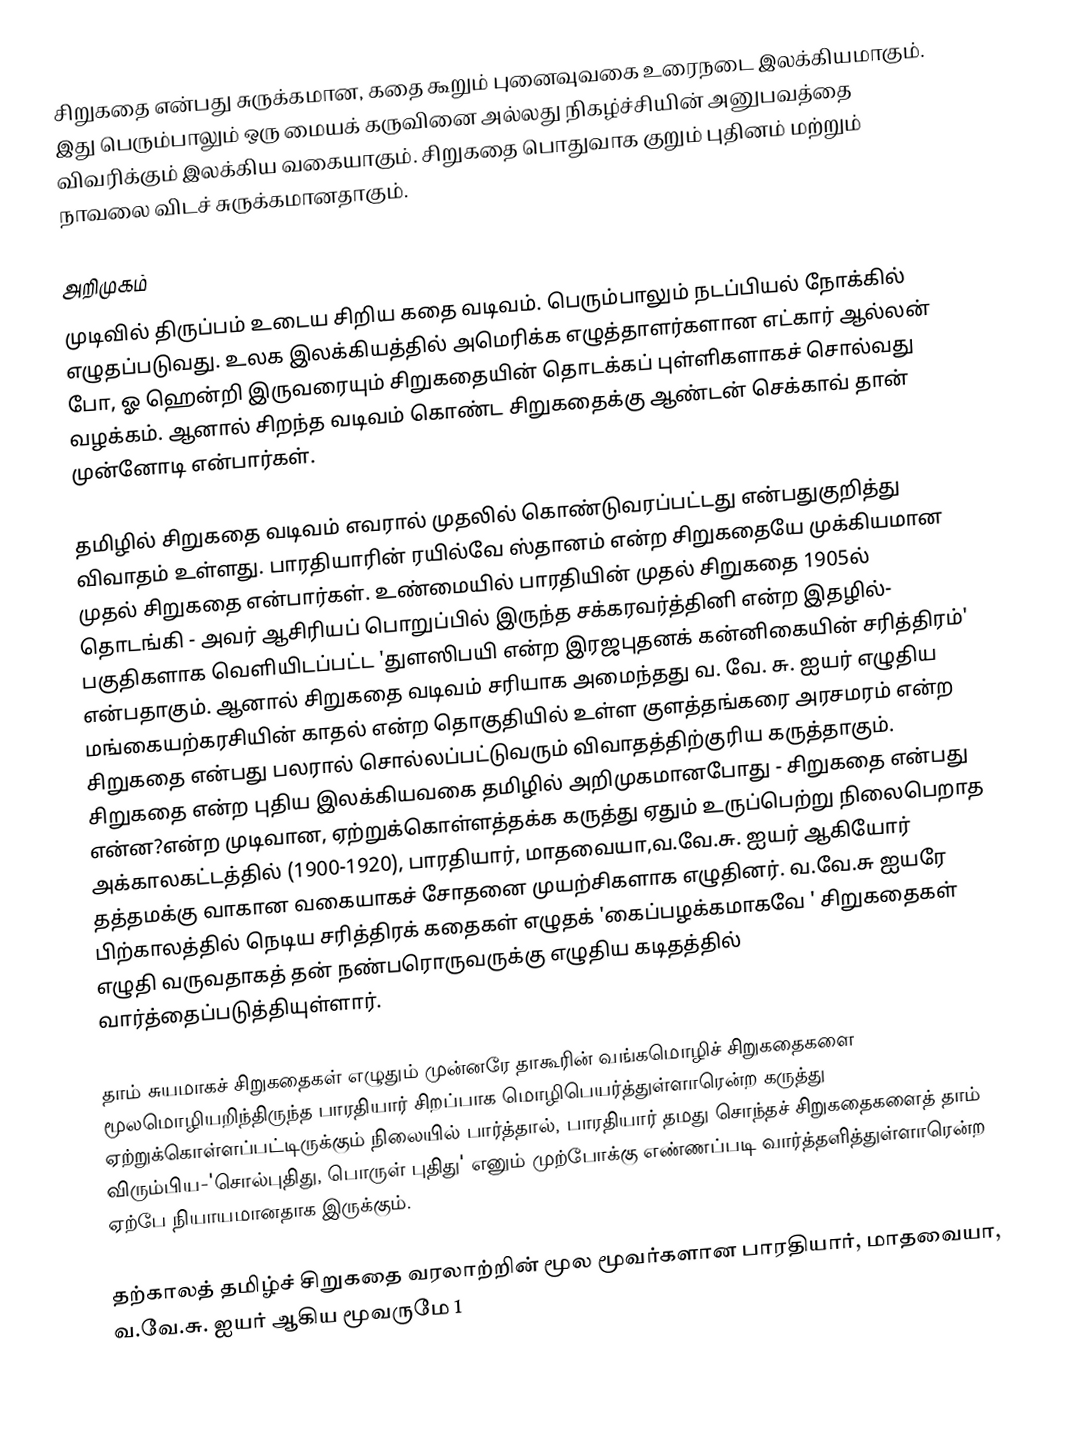
சிறுகதை என்பது சுருக்கமான, கதை கூறும் புனைவுவகை உரைநடை இலக்கியமாகும். இது பெரும்பாலும் ஒரு மையக் கருவினை அல்லது நிகழ்ச்சியின் அனுபவத்தை விவரிக்கும் இலக்கிய வகையாகும். சிறுகதை பொதுவாக குறும் புதினம் மற்றும் நாவலை விடச் சுருக்கமானதாகும்.

அறிமுகம்
முடிவில் திருப்பம் உடைய சிறிய கதை வடிவம். பெரும்பாலும் நடப்பியல் நோக்கில் எழுதப்படுவது. உலக இலக்கியத்தில் அமெரிக்க எழுத்தாளர்களான எட்கார் ஆல்லன் போ, ஓ ஹென்றி இருவரையும் சிறுகதையின் தொடக்கப் புள்ளிகளாகச் சொல்வது வழக்கம். ஆனால் சிறந்த வடிவம் கொண்ட சிறுகதைக்கு ஆண்டன் செக்காவ் தான் முன்னோடி என்பார்கள்.

தமிழில் சிறுகதை வடிவம் எவரால் முதலில் கொண்டுவரப்பட்டது என்பதுகுறித்து விவாதம் உள்ளது. பாரதியாரின் ரயில்வே ஸ்தானம் என்ற சிறுகதையே முக்கியமான முதல் சிறுகதை என்பார்கள்.  உண்மையில் பாரதியின் முதல் சிறுகதை 1905ல் தொடங்கி - அவர் ஆசிரியப் பொறுப்பில் இருந்த சக்கரவர்த்தினி என்ற இதழில்- பகுதிகளாக வெளியிடப்பட்ட 'துளஸிபயி என்ற இரஜபுதனக் கன்னிகையின் சரித்திரம்'  என்பதாகும்.  ஆனால் சிறுகதை வடிவம் சரியாக அமைந்தது வ. வே. சு. ஐயர் எழுதிய மங்கையற்கரசியின் காதல் என்ற தொகுதியில் உள்ள குளத்தங்கரை அரசமரம் என்ற சிறுகதை என்பது பலரால் சொல்லப்பட்டுவரும் விவாதத்திற்குரிய கருத்தாகும். சிறுகதை என்ற புதிய இலக்கியவகை தமிழில் அறிமுகமானபோது - சிறுகதை என்பது என்ன?என்ற முடிவான, ஏற்றுக்கொள்ளத்தக்க கருத்து ஏதும் உருப்பெற்று  நிலைபெறாத அக்காலகட்டத்தில் (1900-1920), பாரதியார், மாதவையா,வ.வே.சு. ஐயர் ஆகியோர் தத்தமக்கு  வாகான வகையாகச் சோதனை முயற்சிகளாக எழுதினர். வ.வே.சு ஐயரே பிற்காலத்தில் நெடிய சரித்திரக் கதைகள் எழுதக் 'கைப்பழக்கமாகவே ' சிறுகதைகள் எழுதி வருவதாகத் தன் நண்பரொருவருக்கு எழுதிய கடிதத்தில் வார்த்தைப்படுத்தியுள்ளார்.

தாம் சுயமாகச் சிறுகதைகள் எழுதும் முன்னரே தாகூரின் வங்கமொழிச் சிறுகதைகளை மூலமொழியறிந்திருந்த பாரதியார் சிறப்பாக மொழிபெயர்த்துள்ளாரென்ற கருத்து ஏற்றுக்கொள்ளப்பட்டிருக்கும் நிலையில் பார்த்தால், பாரதியார் தமது சொந்தச் சிறுகதைகளைத் தாம் விரும்பிய-'சொல்புதிது, பொருள் புதிது' எனும் முற்போக்கு எண்ணப்படி வார்த்தளித்துள்ளாரென்ற ஏற்பே நியாயமானதாக இருக்கும்.

தற்காலத் தமிழ்ச் சிறுகதை வரலாற்றின் மூல மூவர்களான பாரதியார், மாதவையா, வ.வே.சு. ஐயர்  ஆகிய மூவருமே 1